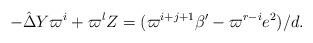
LaTeX: \begin{align*}-\hat{\Delta} Y\varpi^i+\varpi^l Z=(\varpi^{i+j+1}\beta'-\varpi^{r-i}e^2)/d.\end{align*}